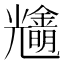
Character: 𨮠